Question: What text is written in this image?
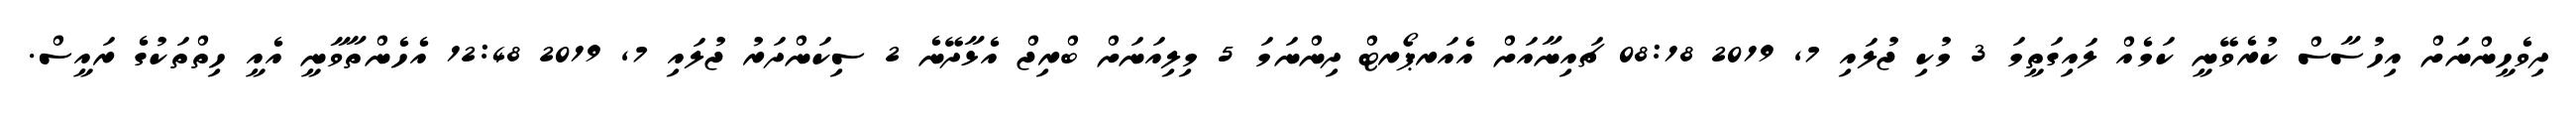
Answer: ދިވެހީންނަށް އިހުސާސް ކުރެވޭނީ ކަމެއް ލައިގަތީމަ 3 މުކި ޖުލައި 7, 2019 08:18 ޗައިނާއަށް އެއަރޕޯރޓް ދިންނަމަ 5 މިލިއަނަށް ބްރިޖް އެޅާދޭނެ 2 ސިކަންދަރު ޖުލައި 7, 2019 12:48 އެހެންތާވާނީ އެއީ ހިތްތަކުގެ ރައީސް.